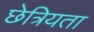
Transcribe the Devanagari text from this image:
छेत्रियता